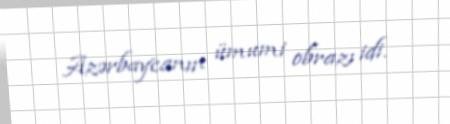
Azərbaycanın ümumi obrazı idi.